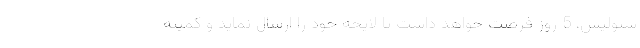
سپولیس، 5 روز فرصت خواهد داشت تا لایحه خود را ارسال نماید و کمیته